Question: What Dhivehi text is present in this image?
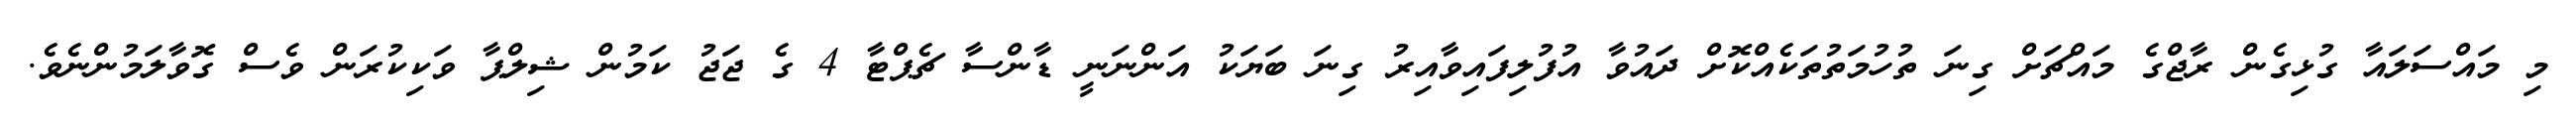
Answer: މި މައްސަލައާ ގުޅިގެން ރާޖްގެ މައްޗަށް ގިނަ ތުހުމަތުތަކެއްކޮށް ދައުވާ އުފުލިފައިވާއިރު ގިނަ ބަޔަކު އަންނަނީ ޑާންސާ ޗެޕްޓާ 4 ގެ ޖަޖު ކަމުން ޝިލްޕާ ވަކިކުރަން ވެސް ގޮވާލަމުންނެވެ.